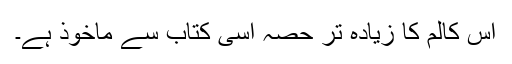
اس کالم کا زیادہ تر حصہ اسی کتاب سے ماخوذ ہے۔